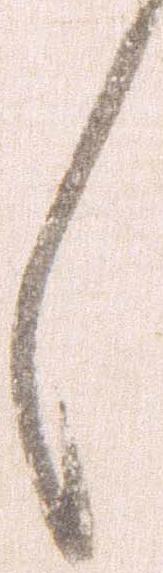
々